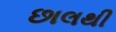
છાલથી